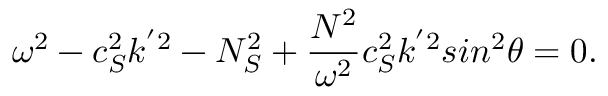
\omega ^ { 2 } - c _ { S } ^ { 2 } k ^ { ' 2 } - N _ { S } ^ { 2 } + \frac { N ^ { 2 } } { \omega ^ { 2 } } c _ { S } ^ { 2 } k ^ { ' 2 } s i n ^ { 2 } \theta = 0 .